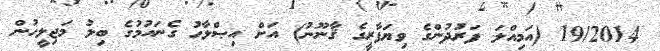
19/2014 (އަމިއްލަ ފަރުދުންގެ ވިޔަފާރީގެ ޤާނޫނު) އަށް އިޞްލާޙު ގެނައުމުގެ ބިލު މަޖިލީހުން